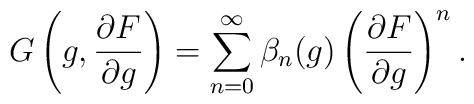
G \left(g, {\partial F \over \partial g}\right)=\sum_{n=0}^{\infty} \beta_n(g)\left({\partial F \over \partial g}\right)^n.